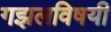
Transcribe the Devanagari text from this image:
गझलविषयी